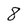
Character: 8